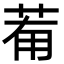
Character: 𦯞